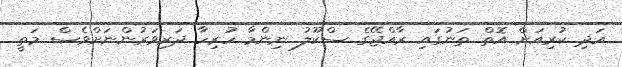
އަދި ކުރިއަށް އޮތް ތަނުގައި ރާއްޖޭގެ ސްކޫލު ނިންމާ ހުރިހާ ދަރިވަރުންނަށްވެސް މަތީ